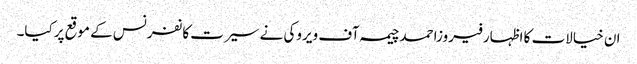
ان خیالات کا اظہارفیروزاحمدچیمہ آف ویروکی نے سیرت کانفرنس کے موقع پرکیا۔